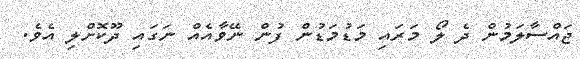
ޖައްސާލަމުން ދެ ލޯ މަރައި މަޑުމަޑުން ފުން ނޭވާއެއް ނަގައި ދޫކޮށްލި އެވެ.